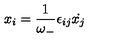
x _ { i } = \frac { 1 } { \omega _ { - } } \epsilon _ { i j } { \dot { x _ { j } } }